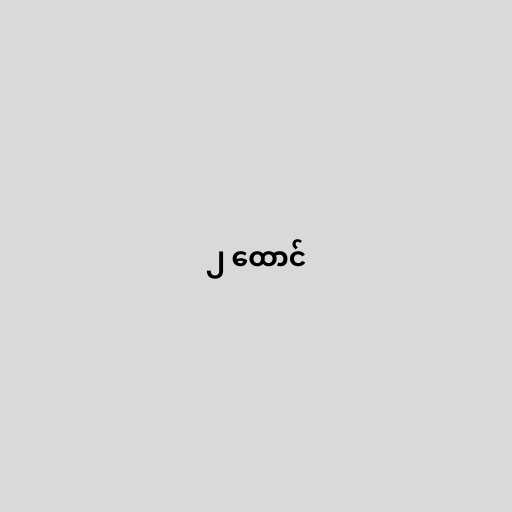
၂ ထောင်